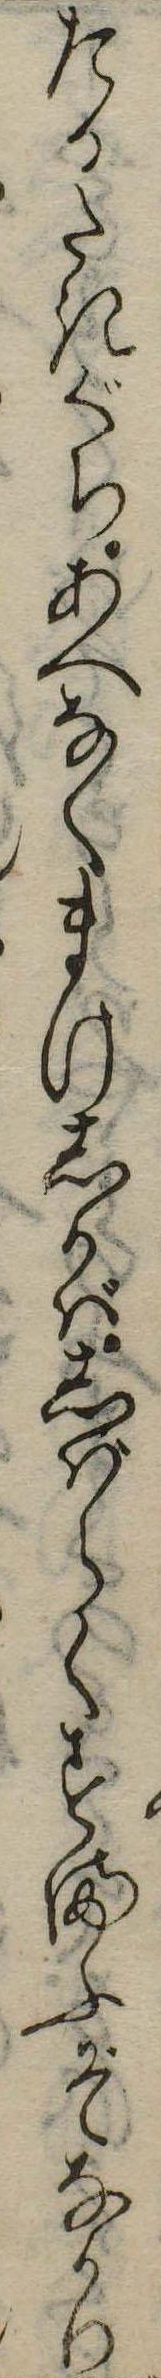
たるたきぐちあへなくまけしかばしばらくすまふぞなかり